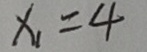
x _ { 1 } = 4